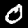
Label: 0